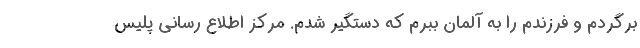
برگردم و فرزندم را به آلمان ببرم که دستگیر شدم. مرکز اطلاع رسانی پلیس